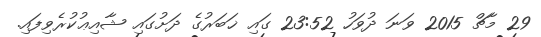
29 މާޗް 2015 ވަނަ ދުވަހު 23:52 ގައި ޚަބަރުގެ ދަށުގައި ޝާއިޢުކުރެވިފައި.